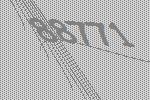
88771